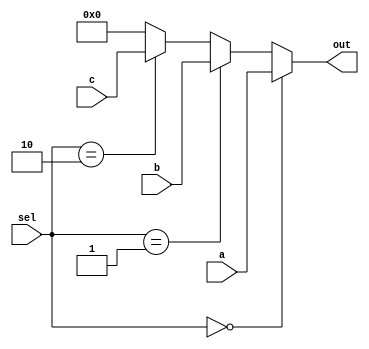
module VectorContinuousAssignment (
    input wire [3:0] a,        // 4-bit input vector a
    input wire [3:0] b,        // 4-bit input vector b
    input wire [3:0] c,        // 4-bit input vector c
    input wire [1:0] sel,      // 2-bit selector for multiplexing
    output wire [3:0] out      // 4-bit output vector
);

// Continuous assignment using a multiplexer logic
assign out = (sel == 2'b00) ? a :   // If sel is 00, output a
             (sel == 2'b01) ? b :   // If sel is 01, output b
             (sel == 2'b10) ? c :   // If sel is 10, output c
             4'b0000;               // Default case (sel is 11), output 0

endmodule